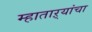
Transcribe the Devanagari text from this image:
म्हाताऱ्यांचा